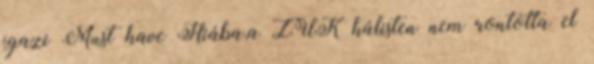
igazi Must have Hiába,a ZUK hálisten nem rontotta el